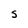
Character: s